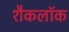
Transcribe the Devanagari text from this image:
शैकलॉक